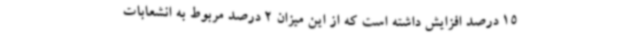
15 درصد افزایش داشته است که از این میزان 2 درصد مربوط به انشعابات